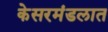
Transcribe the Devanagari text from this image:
केसरमंडलात